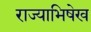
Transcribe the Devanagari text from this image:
राज्याभिषेख